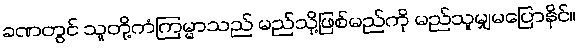
ခဏတွင် သူတို့ကံကြမ္မာသည် မည်သို့ဖြစ်မည်ကို မည်သူမျှမပြောနိုင်။